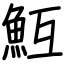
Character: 魱